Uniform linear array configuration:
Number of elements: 4
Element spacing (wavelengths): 0.75
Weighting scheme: binomial
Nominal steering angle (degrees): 45
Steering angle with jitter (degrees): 45.581
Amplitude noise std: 0.05
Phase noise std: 0.05

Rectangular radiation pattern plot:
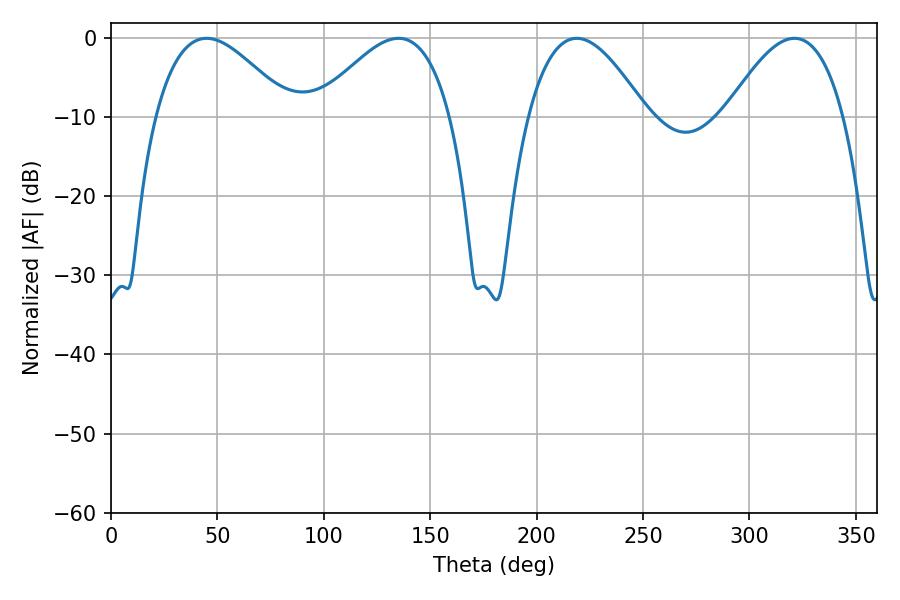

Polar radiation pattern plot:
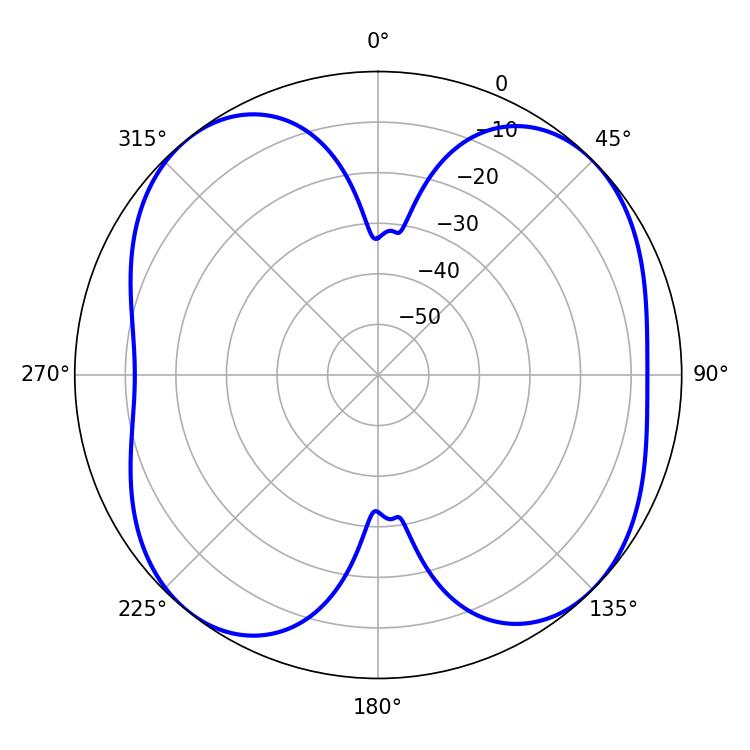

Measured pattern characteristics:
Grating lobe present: TRUE
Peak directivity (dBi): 9.66
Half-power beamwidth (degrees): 30.24
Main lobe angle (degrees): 321.12